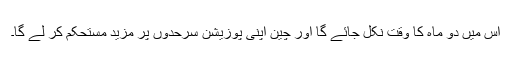
اس میں دو ماہ کا وقت نکل جائے گا اور چین اپنی پوزیشن سرحدوں پر مزید مستحکم کر لے گا۔